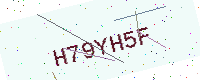
Text: H79YH5F